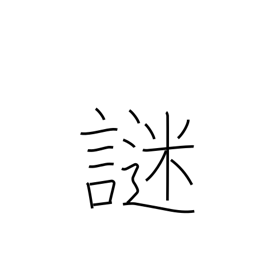
Meaning: riddle